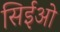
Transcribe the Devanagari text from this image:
सिईओ